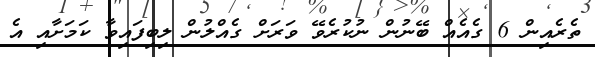
ތެެރެއިން 6 ގެއެއް ބޭނުން ނުކުރެވޭ ވަރަށް ގެއްލުން ލިބިފައިވާ ކަމަށާއި އެ